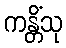
ကန္တိံသု